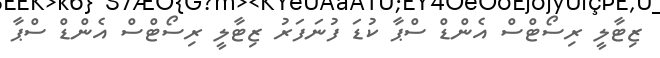
ޒިޓާލީ ރިސޯޓްސް އެންޑް ސްޕާ ކުޑަ ފުނަފަރު ޒިޓާލީ ރިސޯޓްސް އެންޑް ސްޕާ